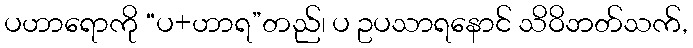
ပဟာရောကို “ပ+ဟာရ”တည်၊ ပ ဥပသာရနောင် သိဝိဘတ်သက်,